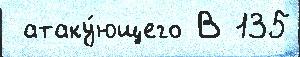
 атаку́ющего В 135